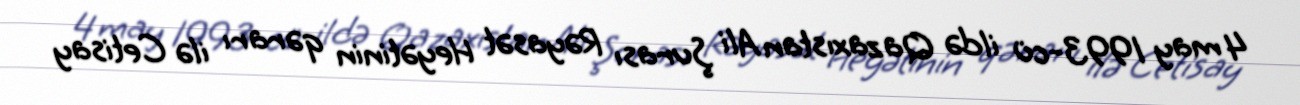
4 may 1993-cü ildə Qazaxıstan Ali Şurası Rəyasət Heyətinin qərarı ilə Cetisay